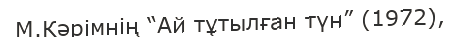
М.Кәрімнің “Ай тұтылған түн” (1972),